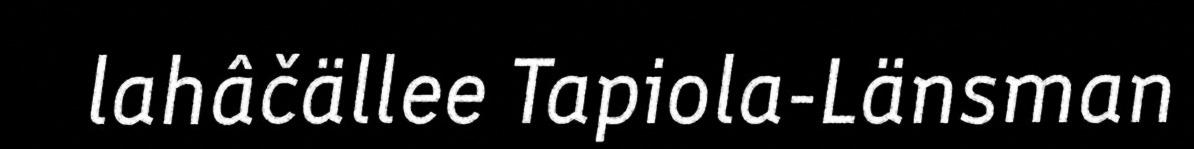
lahâčällee Tapiola-Länsman